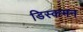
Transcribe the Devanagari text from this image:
डिस्कमन